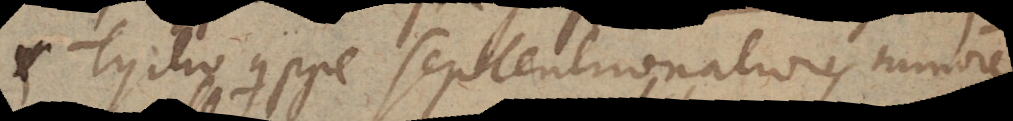
et Tycho quippe septentrionaliores minorem